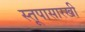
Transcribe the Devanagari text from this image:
स्तूपासारखी